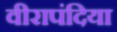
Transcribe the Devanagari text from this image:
वीरापंदिया